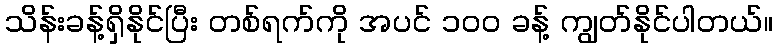
သိန်းခန့်ရှိနိုင်ပြီး တစ်ရက်ကို အပင် ၁၀၀ ခန့် ကျွတ်နိုင်ပါတယ်။